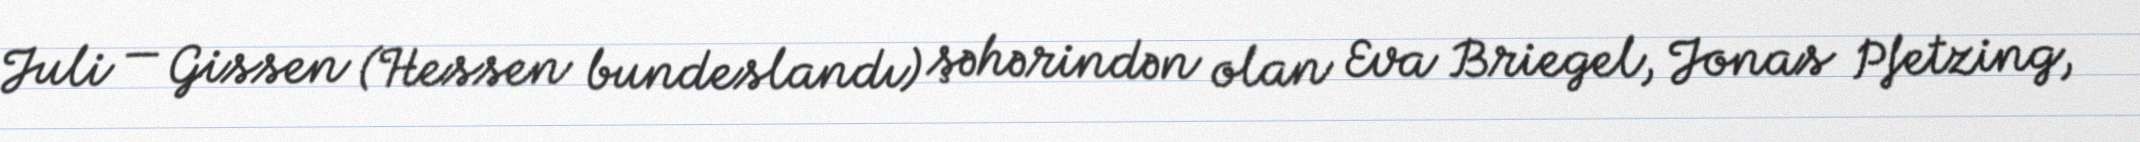
Juli — Gissen (Hessen bundeslandı) şəhərindən olan Eva Briegel, Jonas Pfetzing,